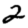
Digit: 2